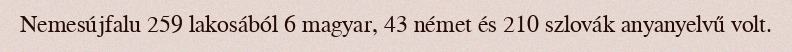
Nemesújfalu 259 lakosából 6 magyar, 43 német és 210 szlovák anyanyelvű volt.